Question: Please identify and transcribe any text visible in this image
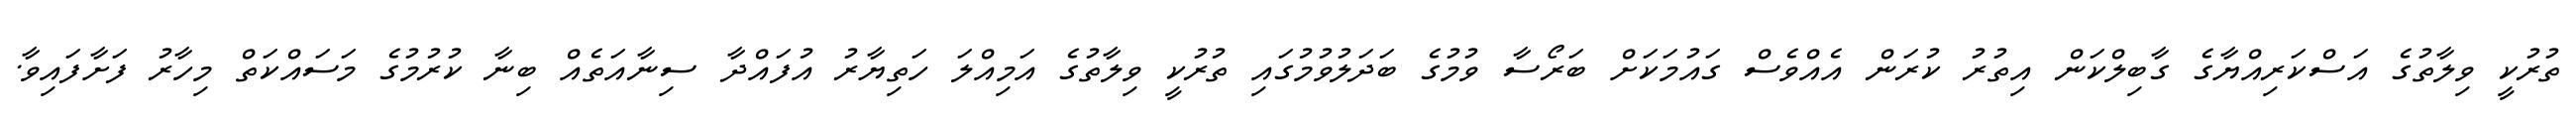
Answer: ތުރުކީ ވިލާތުގެ އަސްކަރިއްޔާގެ ގާބިލްކަން އިތުރު ކުރަން އެއްވެސް ގައުމަކަށް ބަރޯސާ ވުމުގެ ބަދަލުވުމުގައި ތުރުކީ ވިލާތުގެ އަމިއްލަ ހަތިޔާރު އުފައްދާ ސިނާއަތެއް ބިނާ ކުރުމުގެ މަސައްކަތް މިހާރު ފަށާފައިވާ.